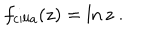
LaTeX: f _ { \mathrm { c i l i a } } ( z ) = \ln z \ .